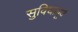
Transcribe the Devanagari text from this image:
सुविधापूर्व